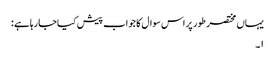
یہاں مختصر طور پر اس سوال کا جواب پیش کیاجارہاہے :
١۔